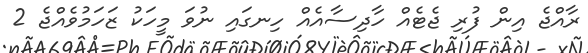
ރާއްޖެ އިން ފުރި ޖެޓެއް ހާދިސާއެއް ހިނގައި ނުވަ މީހަކު ޒަހަމުވެއްޖެ 2